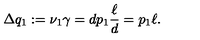
\Delta q _ { 1 } : = \nu _ { 1 } \gamma = d p _ { 1 } \frac { \ell } { d } = p _ { 1 } \ell .